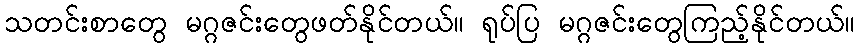
သတင်းစာတွေ မဂ္ဂဇင်းတွေဖတ်နိုင်တယ်။ ရုပ်ပြ မဂ္ဂဇင်းတွေကြည့်နိုင်တယ်။